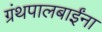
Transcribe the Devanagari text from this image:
ग्रंथपालबाईंना